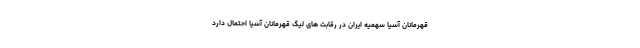
قهرمانان آسیا سهمیه ایران در رقابت های لیگ قهرمانان آسیا احتمال دارد